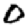
Digit: 0